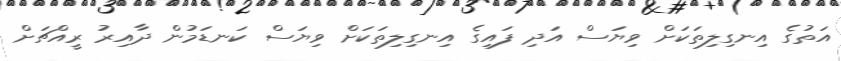
އަތުގެ އިނގިލިތަކަށް ވިޔަސް އަދި ފައިގެ އިނގިލިތަކަށް ވިޔަސް ކަނޑަމުން ދާއިރު ރީއްޗަށް